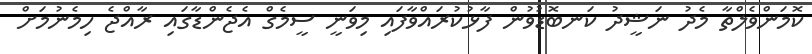
ކޮމަންވެލްތާ މެދު ނަޝީދު ކަނބޮޑުވުން ފާޅުކުރައްވާފައި މިވަނީ ސީމެގް އެޖެންޑާގައި ރާއްޖެ ހިމެނުމަށް